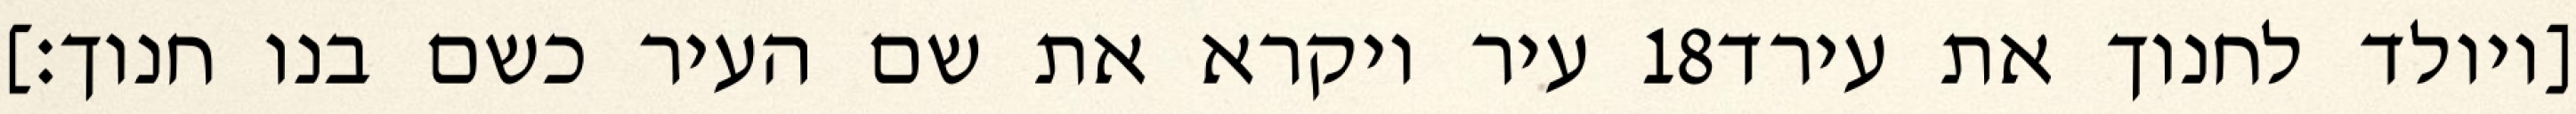
עיר ויקרא את שם העיר כשם בנו חנוך׃] ‎18‏ [ויולד לחנוך את עירד